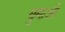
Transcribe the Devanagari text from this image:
घुमाओ